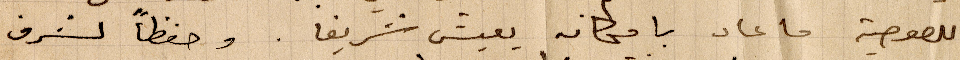
اللصوصية ما عاد بامكانه يعيش شريفا. وحفظًا لشرف